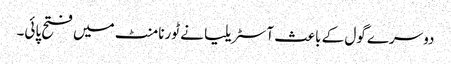
دوسرے گول کے باعث آسٹریلیا نے ٹورنامنٹ میں فتح پائی۔